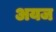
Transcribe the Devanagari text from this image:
अयज